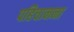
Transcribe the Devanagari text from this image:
पहिचानना